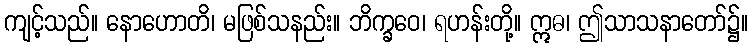
ကျင့်သည်။ နောဟောတိ၊ မဖြစ်သနည်း။ ဘိက္ခဝေ၊ ရဟန်းတို့။ ဣဓ၊ ဤသာသနာတော်၌။